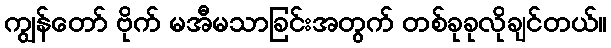
ကျွန်တော် ဗိုက် မအီမသာခြင်းအတွက် တစ်ခုခုလိုချင်တယ်။